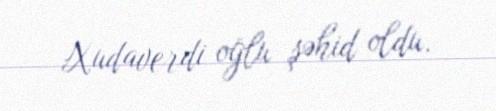
Xudaverdi oğlu şəhid oldu.